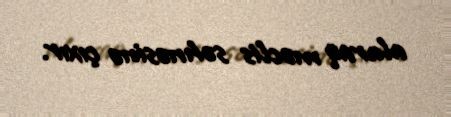
alaraq məclis səhnəsinə çıxır.